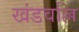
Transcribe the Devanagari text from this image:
खंडवल्लि